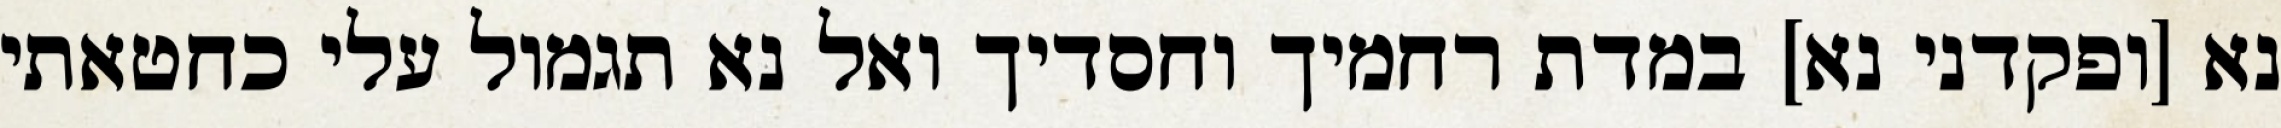
נא [ופקדני נא] במדת רחמיך וחסדיך ואל נא תגמול עלי כחטאתי